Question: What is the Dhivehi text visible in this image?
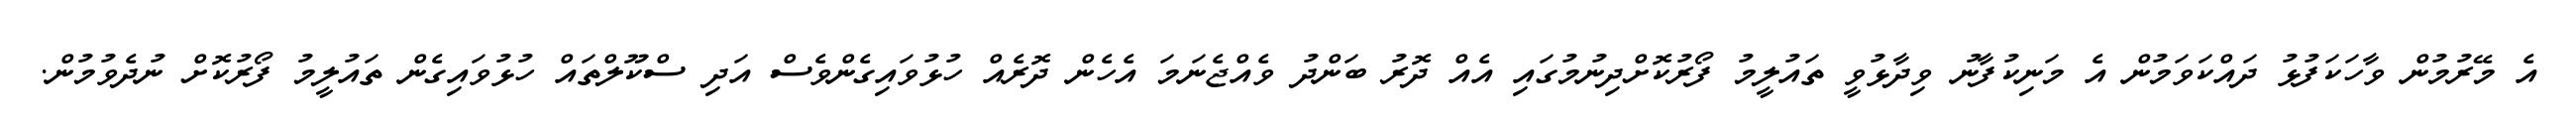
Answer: އެ މޭރުމުން ވާހަކަފުޅު ދައްކަވަމުން އެ މަނިކުފާނު ވިދާޅުވީ ތައުލީމު ފޯރުކޮށްދިނުމުގައި އެއް ދޮރު ބަންދު ވެއްޖެނަމަ އެހެން ދޮރެއް ހުޅުވައިގެންވެސް އަދި ސްކޫލްތައް ހުޅުވައިގެން ތައުލީމު ފޯރުކޮށް ނުދެވުމުން.